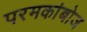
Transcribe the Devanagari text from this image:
परमकांबोज